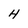
Character: H